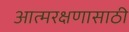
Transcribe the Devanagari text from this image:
आत्मरक्षणासाठी